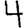
Digit: 4